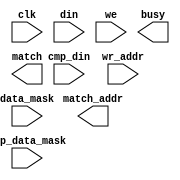
module tcam_usr(
	clk,
	cmp_data_mask,
	cmp_din,
	data_mask,
	din,
	we,
	wr_addr,
	busy,
	match,
	match_addr);


input clk;
input [31 : 0] cmp_data_mask;
input [31 : 0] cmp_din;
input [31 : 0] data_mask;
input [31 : 0] din;
input we;
input [10 : 0] wr_addr;
output busy;
output match;
output [2047 : 0] match_addr;

// synthesis translate_off

      CAM_V5_1 #(
		.c_addr_type(2),
		.c_cmp_data_mask_width(32),
		.c_cmp_din_width(32),
		.c_data_mask_width(32),
		.c_depth(2048),
		.c_din_width(32),
		.c_enable_rlocs(0),
		.c_has_cmp_data_mask(1),
		.c_has_cmp_din(1),
		.c_has_data_mask(1),
		.c_has_en(0),
		.c_has_multiple_match(0),
		.c_has_read_warning(0),
		.c_has_single_match(0),
		.c_has_we(1),
		.c_has_wr_addr(1),
		.c_match_addr_width(2048),
		.c_match_resolution_type(0),
		.c_mem_init(0),
		.c_mem_init_file("tcam_usr.mif"),
		.c_mem_type(0),
		.c_read_cycles(1),
		.c_reg_outputs(0),
		.c_ternary_mode(2),
		.c_width(32),
		.c_wr_addr_width(11))
	inst (
		.CLK(clk),
		.CMP_DATA_MASK(cmp_data_mask),
		.CMP_DIN(cmp_din),
		.DATA_MASK(data_mask),
		.DIN(din),
		.WE(we),
		.WR_ADDR(wr_addr),
		.BUSY(busy),
		.MATCH(match),
		.MATCH_ADDR(match_addr),
		.EN(),
		.MULTIPLE_MATCH(),
		.READ_WARNING(),
		.SINGLE_MATCH());


// synthesis translate_on

endmodule